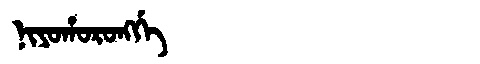
Manchu: ᠨᡳᠶᠣᡥᠣᡵᠣᠩᡤᡝ
Romanization: NIYOHORONGGE